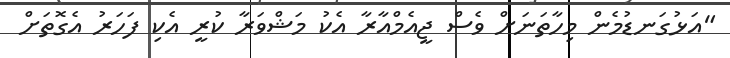
"އަޅުގަނޑުމެން މިހާތަނަށް ވެސް ޖީއެމްއާރާ އެކު މަޝްވަރާ ކުރީ އެކި ފަހަރު އެގޮތަށް